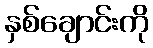
နှစ်ချောင်းကို